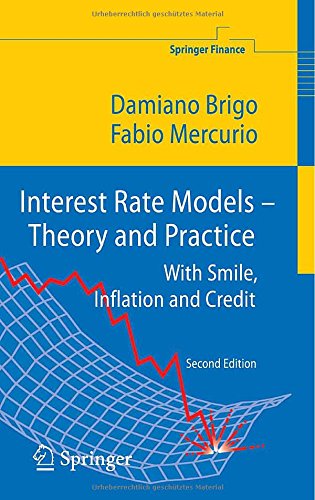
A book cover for Interest Rate Models - Theory and Practice: With Smile, Inflation and Credit (Springer Finance); Damiano Brigo; Business & Money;